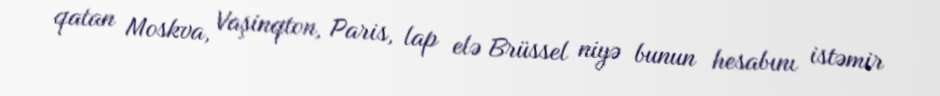
qatan Moskva, Vaşinqton, Paris, lap elə Brüssel niyə bunun hesabını istəmir